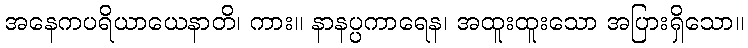
အနေကပရိယာယေနာတိ၊ ကား။ နာနပ္ပကာရေန၊ အထူးထူးသော အပြားရှိသော။